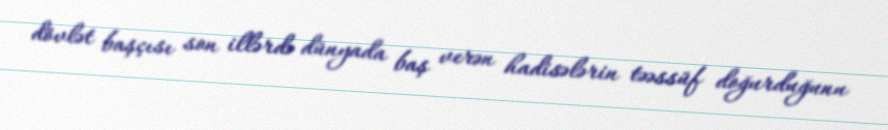
dövlət başçısı son illərdə dünyada baş verən hadisələrin təəssüf doğurduğunu